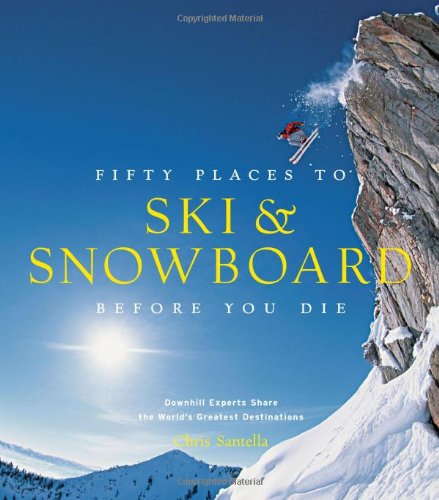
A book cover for Fifty Places to Ski and Snowboard Before You Die: Downhill Experts Share the World's Greatest Destinations; Chris Santella; Sports & Outdoors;